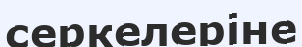
серкелеріне